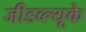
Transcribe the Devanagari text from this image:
जीडब्ल्यूके